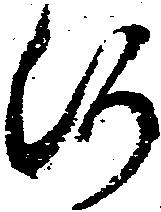
河